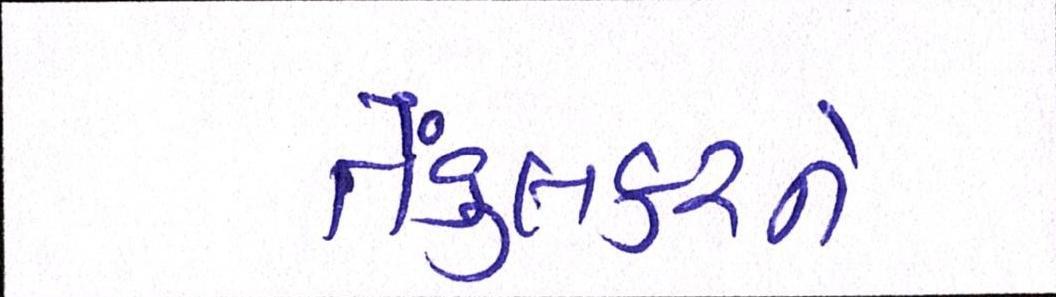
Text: તેંડુલકરને